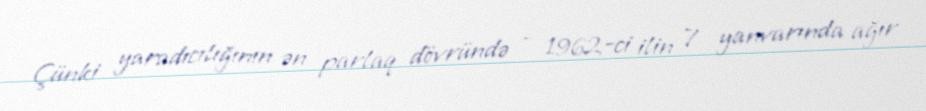
Çünki yaradıcılığının ən parlaq dövründə - 1962-ci ilin 7 yanvarında ağır